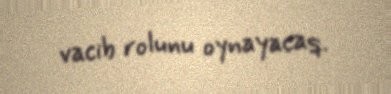
vacib rolunu oynayacaq.